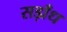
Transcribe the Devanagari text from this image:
सड़ाँध